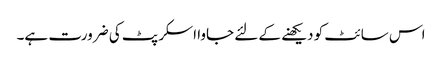
اس سائٹ کو دیکھنے کے لئے جاوا اسکرپٹ کی ضرورت ہے۔